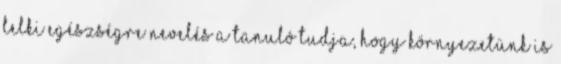
lelki egészségre nevelés A tanuló tudja, hogy környezetünk is